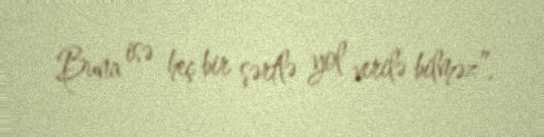
Buna isə heç bir şərtlə yol verilə bilməz”.